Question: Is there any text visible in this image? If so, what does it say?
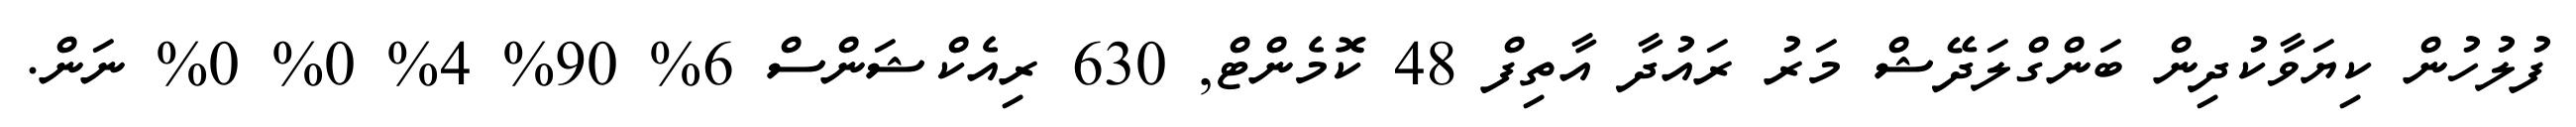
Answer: ފުލުހުން ކިޔަވާކުދިން ބަންގްލަދޭޝް މަރު ރައުދާ އާތިފް 48 ކޮމެންޓް, 630 ރިއެކްޝަންސް 6% 90% 4% 0% 0% ނަން.